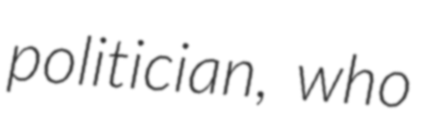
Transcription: politician, who